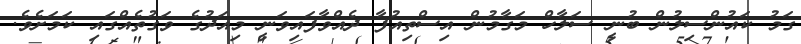
ގަމު ކައުންސިލުން ބުނީ ސަލާހް މަގާމުން އިސްތިއުފާ ދެއްވާފައިވަނީީ މިއަދުގެ ވަގުތެއްގައި ކަމަށެވެ.